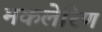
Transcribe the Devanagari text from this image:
मकलेरिण